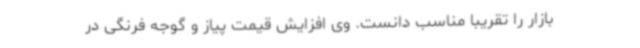
بازار را تقریباً مناسب دانست. وی افزایش قیمت پیاز و گوجه فرنگی در